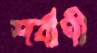
শর্বাণী